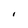
Character: I